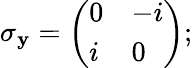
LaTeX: \sigma_{\mathbf{y}}={\biggl(}{\begin{array}{ll}{0}&{-i}\\ {i}&{0}\end{array}}{\biggr)};